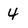
Character: 4